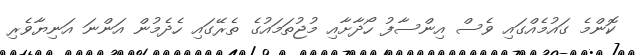
ކޮންމެ ގައުމެއްގައި ވެސް އިންސާފު ހޯދާށާއި މުޖުތަމައުގެ ތެރޭގައި ހެދެމުން އަންނަ އަނިޔާވެރި